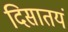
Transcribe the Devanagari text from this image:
दिसातयं